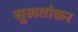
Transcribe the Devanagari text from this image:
सुखतांकर